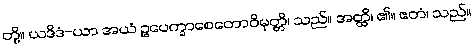
တို့။ ယဒိဒံ-ယာ အယံ ဥပေက္ခာစေတောဝိမုတ္တိ၊ သည်။ အတ္ထိ၊ ၏။ ဧတံ၊ သည်။